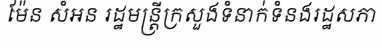
ម៉ែន សំអន រដ្ឋមន្ត្រីក្រសួងទំនាក់ទំនងរដ្ឋសភា